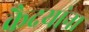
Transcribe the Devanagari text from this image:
कैदयांना